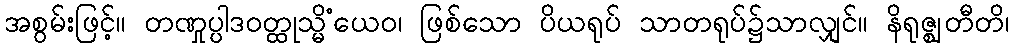
အစွမ်းဖြင့်။ တဏှုပ္ပါဒဝတ္ထုသ္မိံယေဝ၊ ဖြစ်သော ပိယရုပ် သာတရုပ်၌သာလျှင်။ နိရုဇ္ဈတီတိ၊